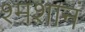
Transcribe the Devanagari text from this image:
श्मशानं